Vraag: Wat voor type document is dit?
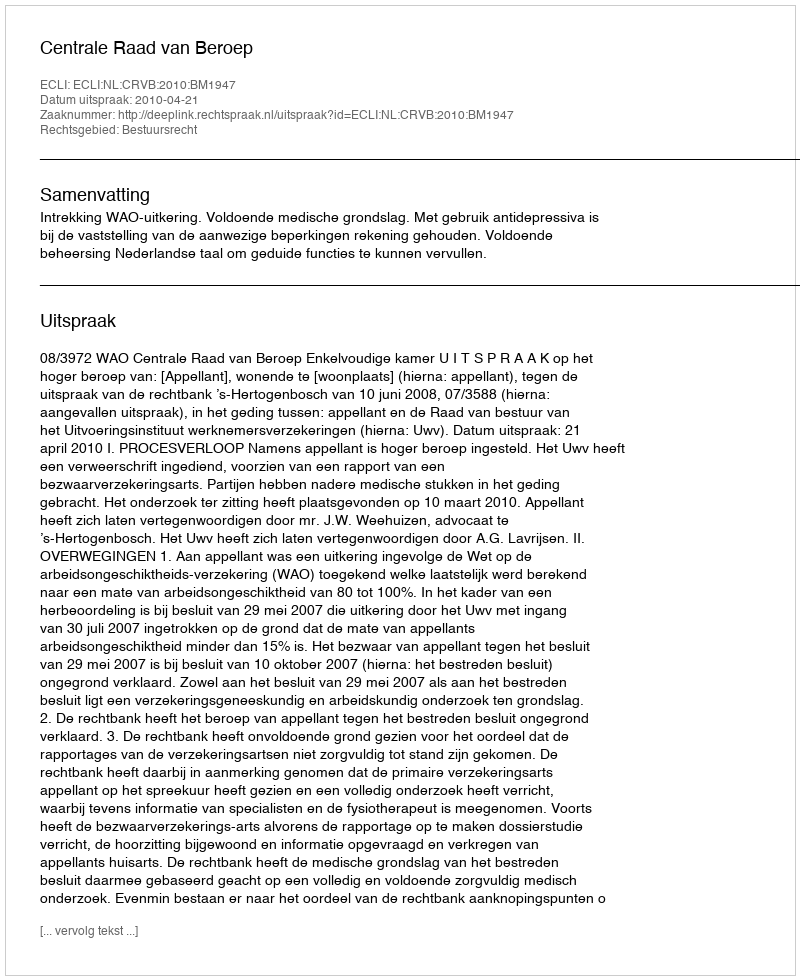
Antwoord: Uitspraak